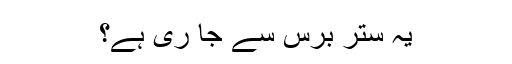
یہ ستر برس سے جا ری ہے؟